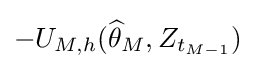
-U_{M,h}({\widehat {\theta }}_{M},Z_{t_{M-1}})